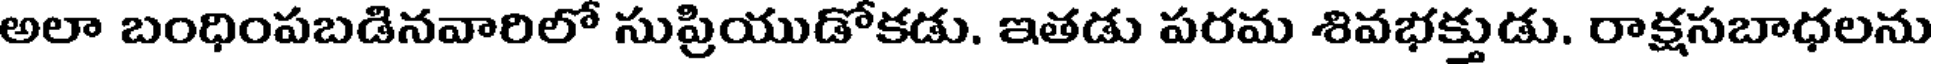
అలా బంధింపబడినవారిలో సుప్రియుడోకడు. ఇతడు పరమ శివభక్తుడు. రాక్షసబాధలను